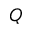
Q